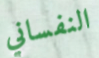
النفساني